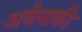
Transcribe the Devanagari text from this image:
अबेनाकी